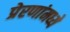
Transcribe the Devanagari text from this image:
प्रेरणांमध्ये